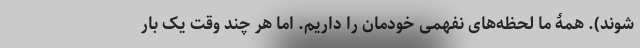
شوند). همۀ ما لحظه‌های نفهمی خودمان را داریم. اما هر چند وقت یک بار